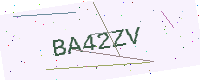
Text: BA42ZV